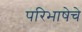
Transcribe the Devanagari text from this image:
परिभाषेचे